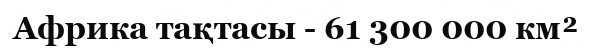
Африка тақтасы - 61 300 000 км²